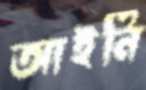
আইনি